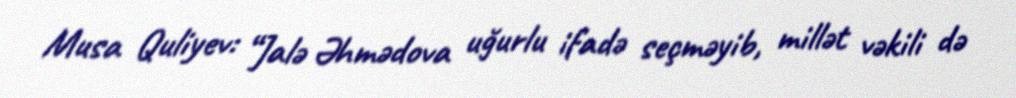
Musa Quliyev: “Jalə Əhmədova uğurlu ifadə seçməyib, millət vəkili də